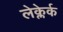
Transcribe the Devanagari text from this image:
लेक्लेर्क